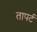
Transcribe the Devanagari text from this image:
तापर्ट